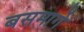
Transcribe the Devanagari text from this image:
बसमार्गे